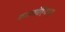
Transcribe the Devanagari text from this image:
काममोहितम्॥